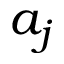
a _ { j }